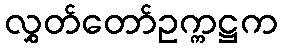
လွှတ်တော်ဥက္ကဋ္ဌက